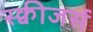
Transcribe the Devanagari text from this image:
स्क्वीजर्स